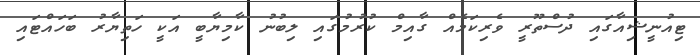
ޓިއުނީޝިއާގައި ދުސްތޫރީ ވެރިކަމެއް ގާއިމް ކުރުމުގައި ލިބުނު ކާމިޔާބީ އަކީ ހަތިޔާރު ބަހައްޓައި